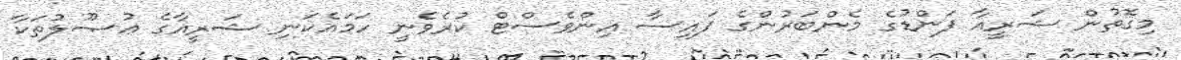
މިގޮތުން ޝަރީއާ ފަންޑުގެ މެންބަރުންގެ ފައިސާ އިންވެސްޓް ކުރެވެނީ ހަމައެކަނި ޝަރީއާގެ ޢުޞޫލުތަކާ